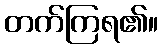
တက်ကြရ၏။